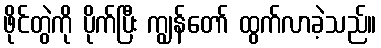
ဖိုင်တွဲကို ပိုက်ပြီး ကျွန်တော် ထွက်လာခဲ့သည်။